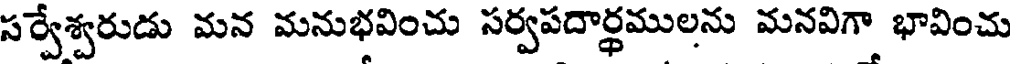
సర్వేశ్వరుడు మన మనుభవించు సర్వపదార్థములను మనవిగా భావించు